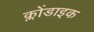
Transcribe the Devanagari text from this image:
क्लोंडाइक